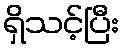
ရှိသင့်ပြီး